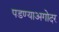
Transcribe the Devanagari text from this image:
पडण्याअगोदर